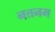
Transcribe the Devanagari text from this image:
नत्तनम